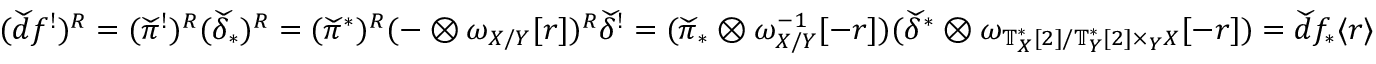
( \widecheck { d } f ^ { ! } ) ^ { R } = ( \widecheck { \pi } ^ { ! } ) ^ { R } ( \widecheck { \delta } _ { * } ) ^ { R } = ( \widecheck { \pi } ^ { * } ) ^ { R } ( - \otimes \omega _ { X / Y } [ r ] ) ^ { R } \widecheck { \delta } ^ { ! } = ( \widecheck { \pi } _ { * } \otimes \omega _ { X / Y } ^ { - 1 } [ - r ] ) ( \widecheck { \delta } ^ { * } \otimes \omega _ { \mathbb { T } _ { X } ^ { * } [ 2 ] / \mathbb { T } _ { Y } ^ { * } [ 2 ] \times _ { Y } X } [ - r ] ) = \widecheck { d } f _ { * } \langle r \rangle